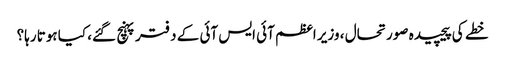
خطے کی پیچیدہ صورتحال ، وزیر اعظم آئی ایس آئی کے دفتر پہنچ گئے، کیا ہوتا رہا؟